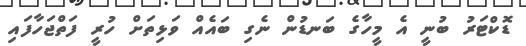
ޑޮކްޓަރު ބުނީ އެ މީހާގެ ބަނޑުން ނެގި ބައެއް ވަޅިތަށް ހުރީ ފަތްޖަހާފައި